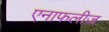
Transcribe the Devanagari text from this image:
एनाफलीज